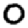
Digit: 0